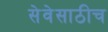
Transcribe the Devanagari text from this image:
सेवेसाठीच